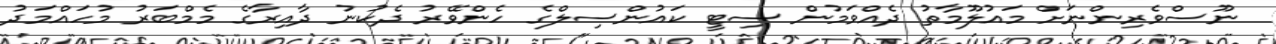
ނޫސްވެރިންނަށް މައުލޫމާތު ދެއްވަމުން ސިޓީ ކައުންސިލްގެ ހެންވޭރު ދެކުނު ދާއިރާގެ މެމްބަރު މުހައްމަދު